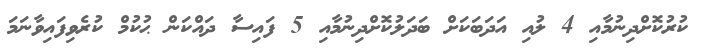
ކުރުކޮށްދިނުމާއި 4 ލުއި އަދަބަކަށް ބަދަލުކޮށްދިނުމާއި 5 ފައިސާ ދައްކަން ޙުކުމް ކުރެވިފައިވާނަމަ